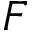
F